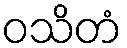
ဝသိတံ